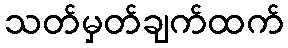
သတ်မှတ်ချက်ထက်